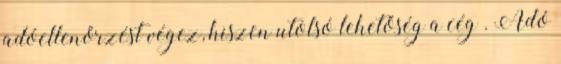
adóellenőrzést végez, hiszen utolsó lehetőség a cég . Adó